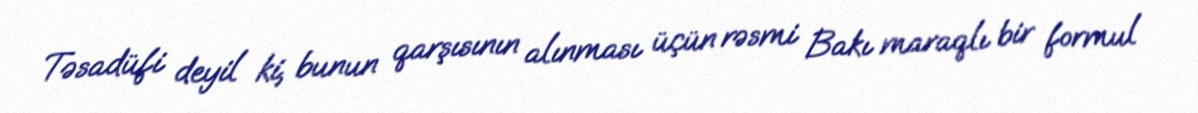
Təsadüfi deyil ki, bunun qarşısının alınması üçün rəsmi Bakı maraqlı bir formul